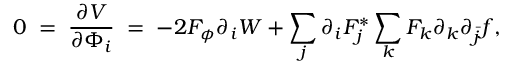
0 \; = \; \frac { \partial V } { \partial \Phi _ { i } } \; = \; - 2 F _ { \phi } \partial _ { i } W + \sum _ { j } \partial _ { i } F _ { j } ^ { * } \sum _ { k } F _ { k } \partial _ { k } \partial _ { \bar { j } } f ,